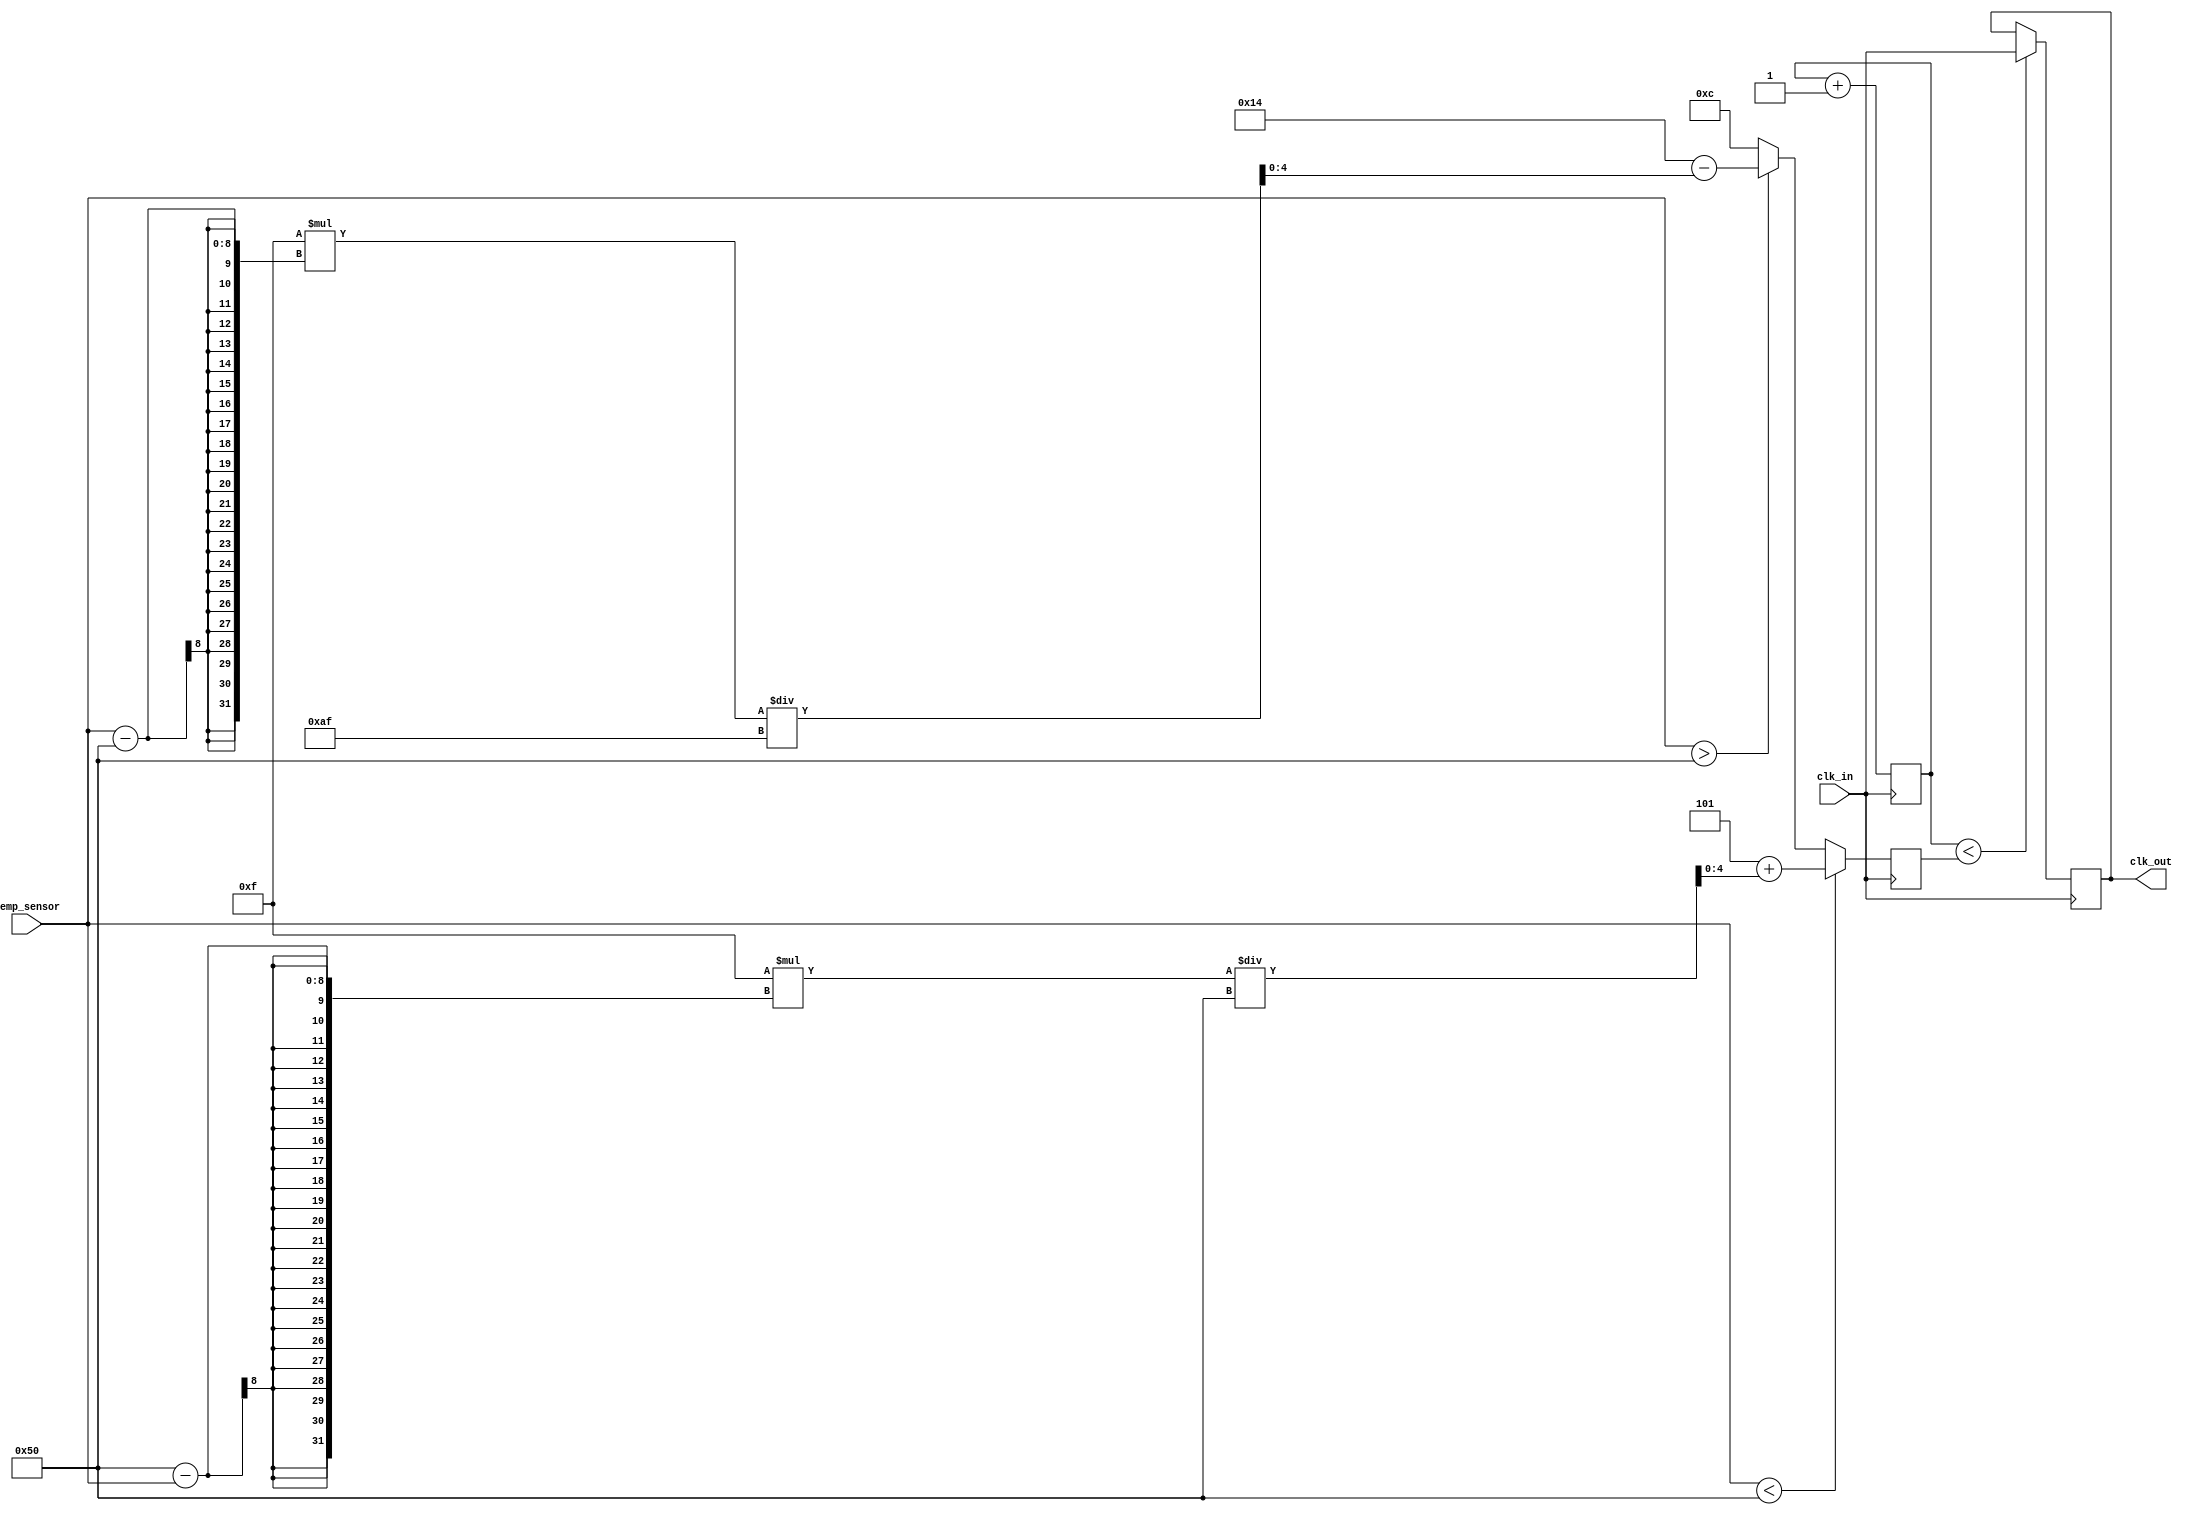
module TempCompClockBuffer (
    input wire clk_in,                      // Input clock
    input wire [7:0] temp_sensor,          // Temperature sensor input (8-bit for example)
    output reg clk_out                     // Output buffered clock
);

// Parameters for temperature compensation
parameter TEMP_MIN = 8'h00;               // Minimum temperature in sensor units
parameter TEMP_MAX = 8'hFF;               // Maximum temperature in sensor units
parameter DELAY_MIN = 5;                   // Minimum delay
parameter DELAY_MAX = 20;                  // Maximum delay
parameter TEMP_REF = 8'h50;                // Reference temperature for compensation

reg [4:0] delay;                           // Delay setting for clock adjustment

// Control logic to adjust delay based on temperature
always @(posedge clk_in) begin
    if (temp_sensor < TEMP_REF) begin
        delay <= DELAY_MIN + (DELAY_MAX - DELAY_MIN) * (TEMP_REF - temp_sensor) / (TEMP_REF - TEMP_MIN);
    end else if (temp_sensor > TEMP_REF) begin
        delay <= DELAY_MAX - (DELAY_MAX - DELAY_MIN) * (temp_sensor - TEMP_REF) / (TEMP_MAX - TEMP_REF);
    end else begin
        delay <= (DELAY_MIN + DELAY_MAX) / 2; // Nominal delay at reference temperature
    end
end

// Simple delay logic - this is a placeholder for variable delay lines
reg [3:0] clk_phase; // Simulate phase adjustment

always @(posedge clk_in) begin
    clk_phase <= clk_phase + 1;
    if(clk_phase < delay) begin
        clk_out <= clk_in; // Adjust output based on calculated delay
    end
end

endmodule